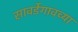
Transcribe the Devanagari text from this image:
सावर्डेगावच्या